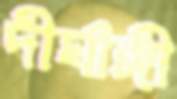
দীর্ঘাঙ্গী